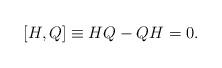
LaTeX: \begin{align*}[ H,Q]\equiv H Q-Q H=0.\end{align*}